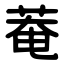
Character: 菴